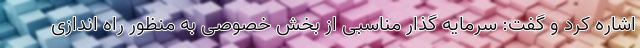
اشاره کرد و گفت: سرمایه گذار مناسبی از بخش خصوصی به منظور راه اندازی